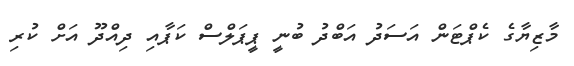
މާޒިޔާގެ ކެޕްޓަން އަސަދު އަބްދު ބުނީ ޕީޕަލްސް ކަޕާއި ދިއްދޫ އަށް ކުރި